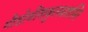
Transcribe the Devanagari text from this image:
गौडोवींशकुलप्रशस्ति